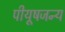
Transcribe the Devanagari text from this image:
पीयूषजन्य